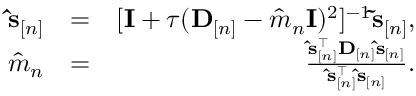
\begin{array} { r l r } { \ensuremath { \mathbf { \hat { s } } } _ { [ n ] } } & { = } & { [ { \mathbf I } + \tau ( { \bf D } _ { [ n ] } - \hat { m } _ { n } { \mathbf I } ) ^ { 2 } ] ^ { - 1 } \ensuremath { \mathbf { \tilde { s } } } _ { [ n ] } , } \\ { \hat { m } _ { n } } & { = } & { \frac { \ensuremath { \mathbf { \hat { s } } } _ { [ n ] } ^ { \top } \mathbf D _ { [ n ] } \ensuremath { \mathbf { \hat { s } } } _ { [ n ] } } { \ensuremath { \mathbf { \hat { s } } } _ { [ n ] } ^ { \top } \ensuremath { \mathbf { \hat { s } } } _ { [ n ] } } . } \end{array}